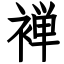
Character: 褝